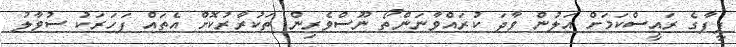
ފީފާގެ ރައީސްކަމަށް އަލުން ވާދަ ކުރައްވާނަންތޯ ނޫސްވެރިން ތަކުރާރުކޮށް އެތައް ފަހަރަކު ސުވާލު